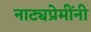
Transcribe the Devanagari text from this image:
नाट्यप्रेमींनी